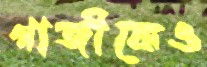
গাজীকেও